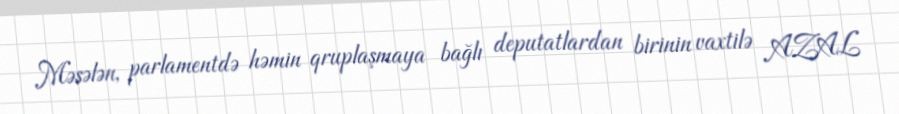
Məsələn, parlamentdə həmin qruplaşmaya bağlı deputatlardan birinin vaxtilə AZAL